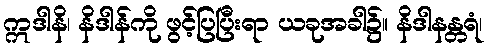
ဣဒါနိ၊ နိဒါန်ကို ဖွင့်ပြပြီးရာ ယခုအခါ၌။ နိဒါနန္တရံ၊